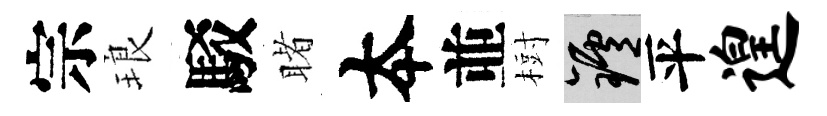
宗琅駁睹夲並𣗳爐平遑